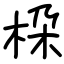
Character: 桗